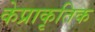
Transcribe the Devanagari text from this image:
केप्राकृतिक